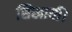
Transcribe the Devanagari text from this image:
सिखायीं।